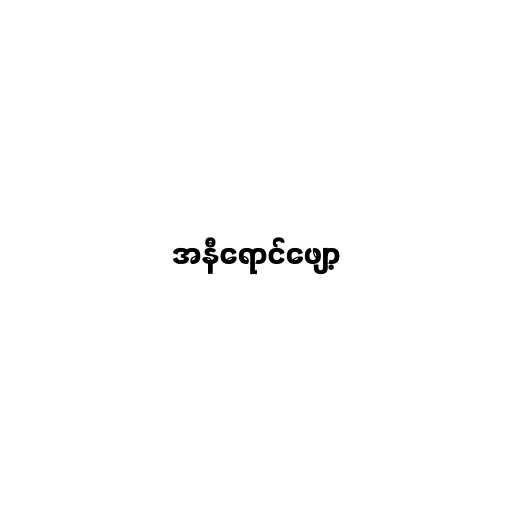
အနီရောင်ဖျော့